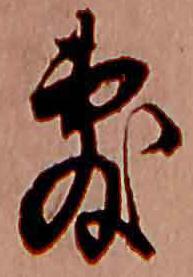
敷